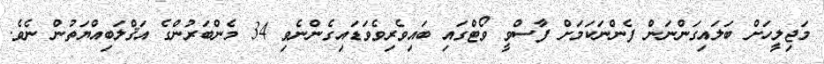
މަޖިލީހަށް ބަލައިގަންނަން ފެންނަކަމަށް ފާސްވީ ވޯޓްގައި ބައިވެރިވެވަޑައިގެންނެވި 34 މެންބަރުންގެ އަޤްލަބިއްޔަތުން ނެވެ.